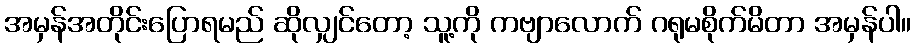
အမှန်အတိုင်းပြောရမည် ဆိုလျှင်တော့ သူ့ကို ကဗျာလောက် ဂရုမစိုက်မိတာ အမှန်ပါ။